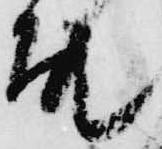
殿